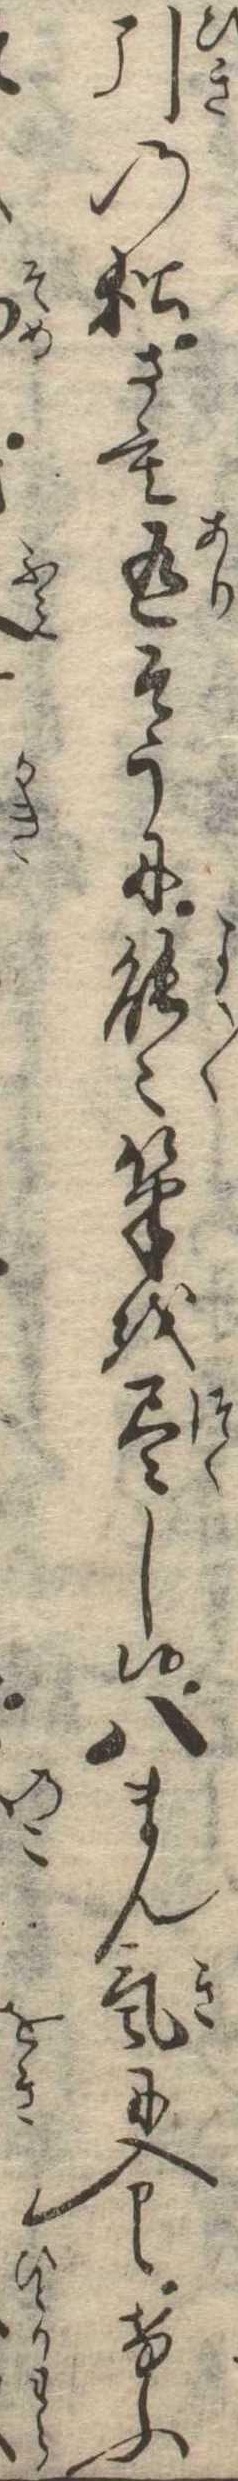
引の松さも有そうに能〻筆を尽し候八まん気に入けふ